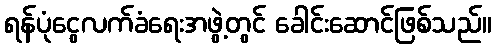
ရန်ပုံငွေလက်ခံရေးအဖွဲ့တွင် ခေါင်းဆောင်ဖြစ်သည်။